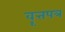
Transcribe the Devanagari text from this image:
वॄत्तपत्र